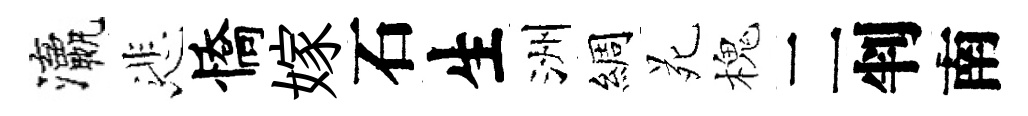
瀛悲憍嫁石生洲綢苑槐二判南